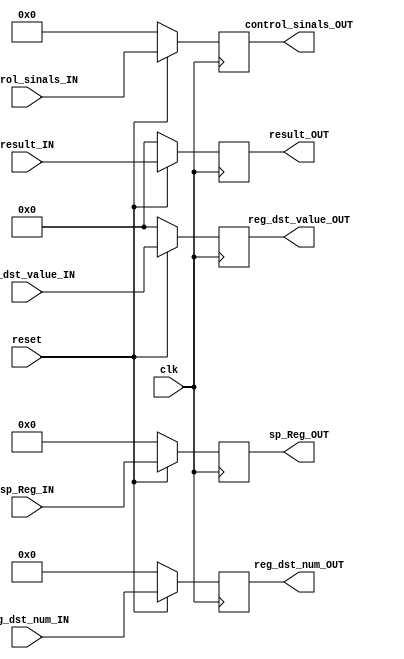
module MW_pipeline_register #(parameter NUMBER_CONTROL_SIGNALS = 16) (control_sinals_IN, control_sinals_OUT,
                             result_IN, result_OUT,
                             reg_dst_num_IN, reg_dst_num_OUT,
                             reg_dst_value_IN, reg_dst_value_OUT,
                             sp_Reg_IN, sp_Reg_OUT,
                             clk, reset);

input [20:0] control_sinals_IN;
output [20:0] control_sinals_OUT;
reg [20:0] control_sinals_REG;

input [15:0] result_IN;
output [15:0] result_OUT;
reg [15:0] result_REG;

input [3:0] reg_dst_num_IN;
output [3:0] reg_dst_num_OUT;
reg [3:0] reg_dst_num_REG;

input [15:0] reg_dst_value_IN;
output [15:0] reg_dst_value_OUT;
reg [15:0] reg_dst_value_REG;

input [31:0] sp_Reg_IN;
output [31:0] sp_Reg_OUT;
reg [31:0] sp_Reg_REG;

input clk;
input reset;

// Asynchronous read
assign control_sinals_OUT = control_sinals_REG;
assign result_OUT = result_REG;
assign reg_dst_num_OUT = reg_dst_num_REG;
assign reg_dst_value_OUT = reg_dst_value_REG;
assign sp_Reg_OUT = sp_Reg_REG;

always @(posedge clk)
    begin
        // Active low reset
        if (!reset)
            begin
                control_sinals_REG = 0;
                result_REG = 0;
                reg_dst_num_REG = 0;
                reg_dst_value_REG = 0;
                sp_Reg_REG = 0;
            end
        // Synchronous write @ +ve edge
        else
            begin
                control_sinals_REG = control_sinals_IN;
                result_REG = result_IN;
                reg_dst_num_REG = reg_dst_num_IN;
                reg_dst_value_REG = reg_dst_value_IN;
                sp_Reg_REG = sp_Reg_IN;
            end
    end
endmodule